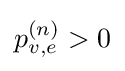
p_{v,e}^{(n)}>0